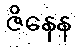
ဇိနေန